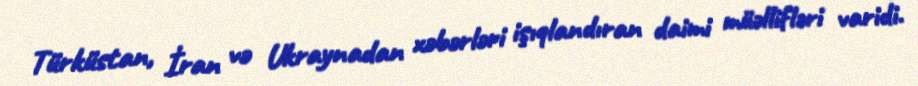
Türküstan, İran və Ukraynadan xəbərləri işıqlandıran daimi müəllifləri varidi.